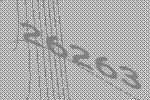
26263